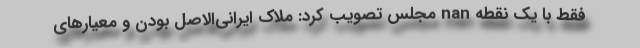
فقط با یک نقطه nan مجلس تصویب کرد: ملاک ایرانی‌الاصل بودن و معیارهای